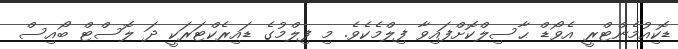
ޑޮކިއުމެންޓްރީ އެވޯޑް ޙާސިލްކޮށްފައިވާ ފިލްމެކެވެ. މި ފިލްމުގެ ޑައިރެކްޓަރަކީ ދަ ލޮސްޓް ބޯއިސް